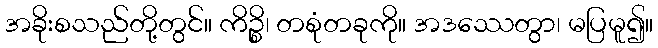
အခိုးစသည်တို့တွင်။ ကိဉ္စိ၊ တစုံတခုကို။ အဒဿေတွာ၊ မပြမူ၍။